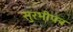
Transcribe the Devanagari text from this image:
सुरभीपत्र